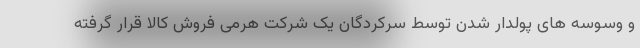
و وسوسه های پولدار شدن توسط سرکردگان یک شرکت هرمی فروش کالا قرار گرفته